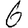
Digit: 6